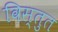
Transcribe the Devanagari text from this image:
विस्तुत